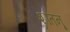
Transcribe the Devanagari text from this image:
शांतनू